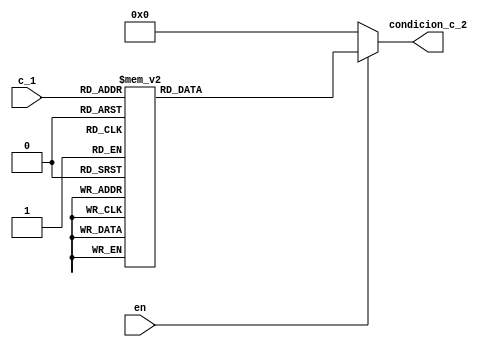
`timescale 1ns / 1ps
//////////////////////////////////////////////////////////////////////////////////
// Company: 
// Engineer: 
// 
// Design Name: 
// Module Name:    Deco_Contador_Datos 
// Project Name: 
// Target Devices: 
// Tool versions: 
// Description: 
//
// Dependencies: 
//
// Revision: 
// Revision 0.01 - File Created
// Additional Comments: 
//
//////////////////////////////////////////////////////////////////////////////////
module Deco_Contador_Datos(
    input [3:0] c_1,
    input en,
    output reg [6:0] condicion_c_2
    );
	 
	 always @(*)
	    begin
		  if (en)
		  begin
	      case (c_1)
			  4'd0: condicion_c_2 = 7'd23;
			  4'd1: condicion_c_2 = 7'd59;
			  4'd2: condicion_c_2 = 7'd59;
			  4'd3: condicion_c_2 = 7'd30;
			  4'd4: condicion_c_2 = 7'd11;
			  4'd5: condicion_c_2 = 7'd99;
			  4'd6: condicion_c_2 = 7'd23;
			  4'd7: condicion_c_2 = 7'd59;
			  4'd8: condicion_c_2 = 7'd59;
			  default: condicion_c_2 = 7'd127;
        endcase		 
		  end
		  else condicion_c_2 = 7'd0;
		end
		 
endmodule